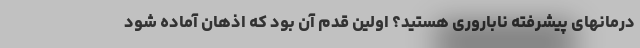
درمانهای پیشرفته ناباروری هستید؟ اولین قدم آن بود که اذهان آماده شود